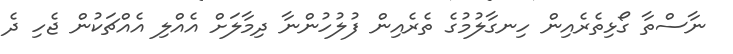
ނާސްތާ ގޯޅިތެރެއިން ހިނގާލުމުގެ ތެރެއިން ފުލުހުންނާ ދިމާލަށް އެއްލި އެއްޗަކުން ޖެހި ދެ